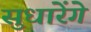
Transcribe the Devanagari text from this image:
सुधारेंगे